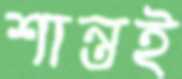
শান্তই